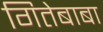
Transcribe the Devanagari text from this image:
गितेबाबा